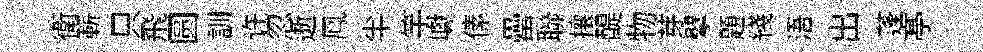
衛蔪只飛圆訓许忽逝鳯半竿巘傃罍聯攘醍物芽擘題綫浯出蓬𠅘